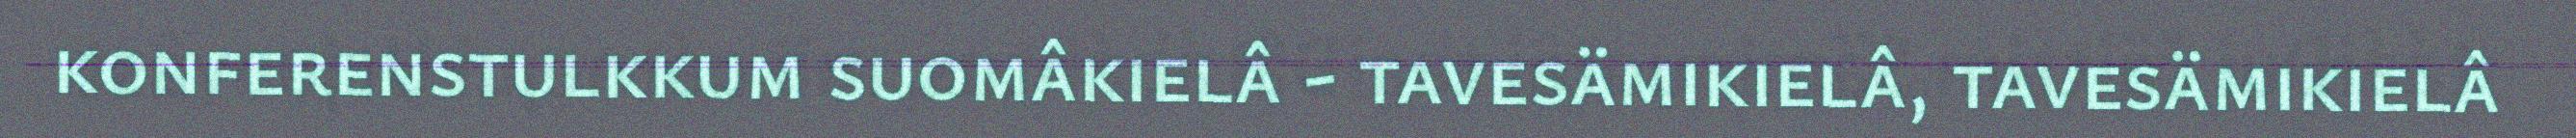
konferenstulkkum suomâkielâ - tavesämikielâ, tavesämikielâ